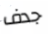
جدف